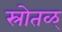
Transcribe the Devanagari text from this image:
स्रोतळ्